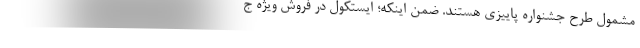
مشمول طرح جشنواره پاییزی هستند. ضمن اینکه؛ ایستکول در فروش ویژه ج